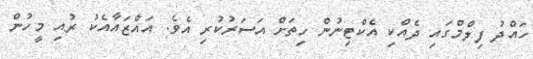
ހައްދު ފިލްމްގައި ދެއްކި އެކްޓިނުން ހިތަށް އަސަރުކުރި އެވެ. އައްޒައާއެކު ރުއި މީހުން